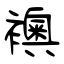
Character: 襖